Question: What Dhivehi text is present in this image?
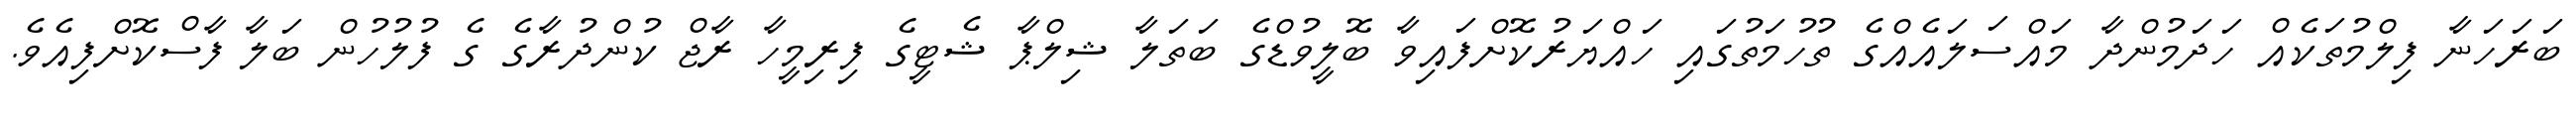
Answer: ބަރަހަނާ ފިލްމުތަކެއް ހަދަމުންދާ މައްސަލައެއްގެ ތުހުމަތުގައި ހައްޔަރުކޮށްފައިވާ ބޮލީވުޑްގެ ބަތަލާ ޝިލްޕާ ޝެޓީގެ ފިރިމީހާ ރާޖް ކުންދުރާގެ ގެ ފުލުހުން ބަލާ ފާސްކޮށްފިއެވެ.